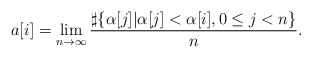
\begin{align*}a[i]=\lim_{n \to \infty}\frac{\sharp\{\alpha[j]|\alpha[j]<\alpha[i], 0\leq j<n\}}{n}.\end{align*}